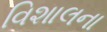
વિશાલના